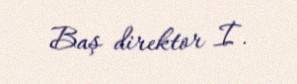
Baş direktor İ.